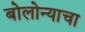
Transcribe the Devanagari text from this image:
बोलोन्याचा